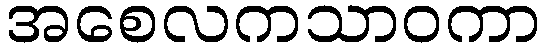
အစေလကသာဝကာ